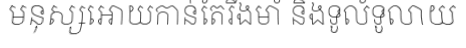
មនុស្សអោយកាន់តែរឹងមាំ និងទូលំទូលាយ